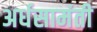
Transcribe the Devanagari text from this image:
अर्धसामंती